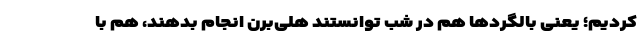
کردیم؛ یعنی بالگردها هم در شب توانستند هلی‌برن انجام بدهند، هم با